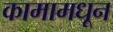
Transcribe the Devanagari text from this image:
कामामधून